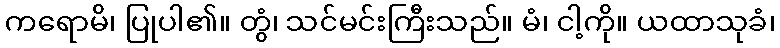
ကရောမိ၊ ပြုပါ၏။ တွံ၊ သင်မင်းကြီးသည်။ မံ၊ ငါ့ကို။ ယထာသုခံ၊